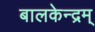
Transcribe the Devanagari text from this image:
बालकेन्द्रम्